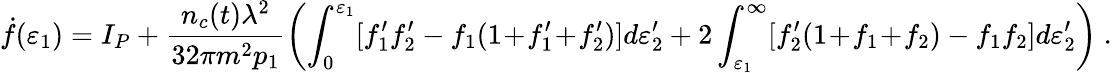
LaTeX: \dot{f}(\varepsilon_{1})=I_{P}+\frac{n_{c}(t)\lambda^{2}}{32\pi m^{2}p_{1}}\left(\int_{0}^{\varepsilon_{1}}[f_{1}^{\prime}f_{2}^{\prime}-f_{1}(1\! +\! f_{1}^{\prime}\! +\! f_{2}^{\prime})]d\varepsilon_{2}^{\prime}+2\int_{\varepsilon_{1}}^{\infty}[f_{2}^{\prime}(1\! +\! f_{1}\! +\! f_{2})-f_{1}f_{2}]d\varepsilon_{2}^{\prime}\right)~.